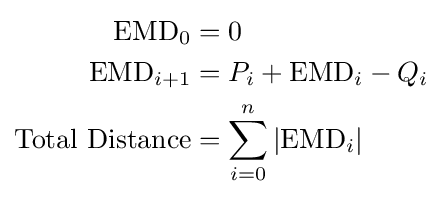
{\begin{aligned}{\text{EMD}}_{0}&=0\\{\text{EMD}}_{i+1}&=P_{i}+{\text{EMD}}_{i}-Q_{i}\\{\text{Total Distance}}&=\sum _{i=0}^{n}|{\text{EMD}}_{i}|\end{aligned}}